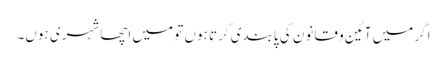
اگر میں آئین و قانون کی پابندی کرتا ہوں تو میں اچھا شہری ہوں۔